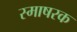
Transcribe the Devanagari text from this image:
स्माषरक